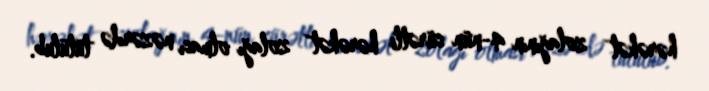
hərəkət zolağının 4-nün sürətli hərəkət zolağı olması nəzərdə tutulub.